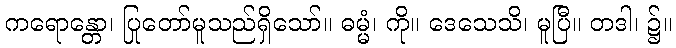
ကရောန္တော၊ ပြုတော်မူသည်ရှိသော်။ ဓမ္မံ၊ ကို။ ဒေသေသိ၊ မူပြီ။ တဒါ၊ ၌။